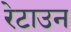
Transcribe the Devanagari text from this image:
रेटाउन